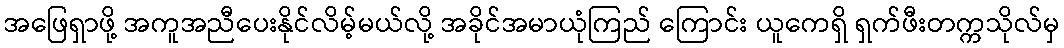
အဖြေရှာဖို့ အကူအညီပေးနိုင်လိမ့်မယ်လို့ အခိုင်အမာယုံကြည် ကြောင်း ယူကေရှိ ရှက်ဖီးတက္ကသိုလ်မှ